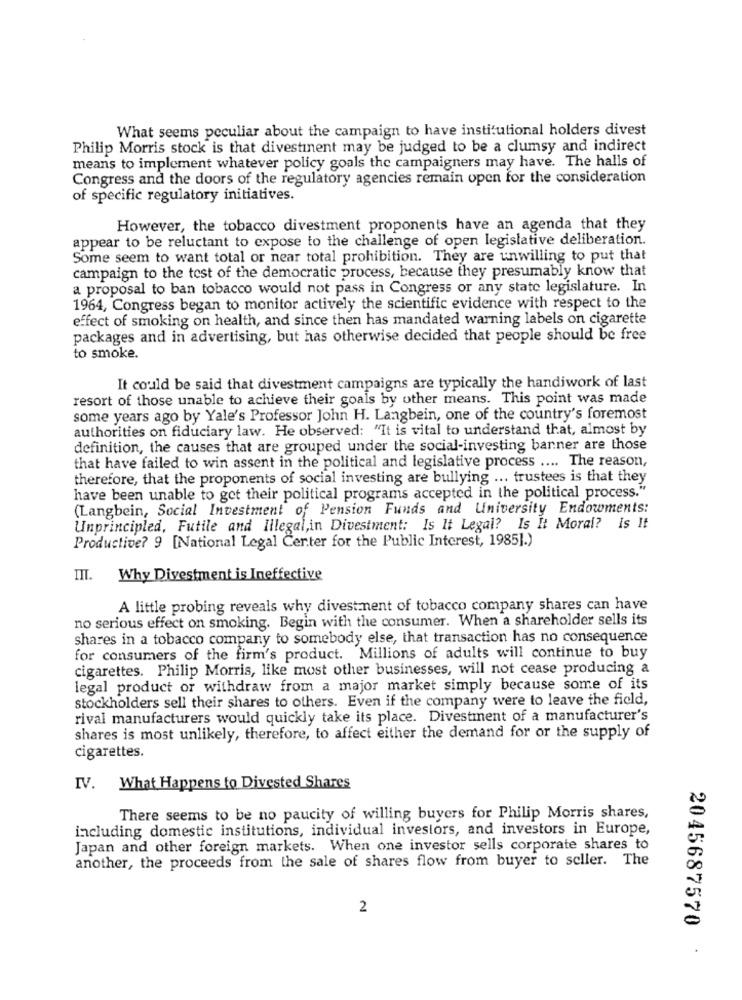
What seems peculiar about the campaign to have institutional holders divest
Philip Morris stock is that divestinent may be judged to be a clumsy and indirect
means to implement whatever policy goals the campaigners may have. The halls of
Congress and the doors of the regulatory agencies remain open for the consideration
of specific regulatory initiatives.
However, the tobacco divestment proponents have an agenda that they
appear to be reluctant to expose to the challenge of open legislative deliberation.
Some seem to want total or near total prohibition. They are unwilling to put that
campaign to the test of the democratic process, because they presumably know that
a proposal to ban tobacco would not pass in Congress or any state legislature. In
1964, Congress began to monitor actively the scientific evidence with respect to the
effect of smoking on health, and since then has mandated warning labels on cigarette
packages and in advertising, but has otherwise decided that people should be free
to smoke.
It could be said that divestment campaigns are typically the handiwork of last
resort of those unable to achieve their goals by other means. This point was made
some years ago by Yale's Professor John H. Langbein, one of the country's foremost
authorities on fiduciary law. He observed: "It is vital to understand that, almost by
definition, the causes that are grouped under the social-investing banner are those
that have failed to win assent in the political and legislative process .... The reason,
therefore, that the proponents of social investing are bullying ... trustees is that they
have been unable to get their political programs accepted in the political process."
(Langbein, Social Investment of Pension Funds and University Endowments:
Unprincipled, Futile and Illegal,in Divestment: Is It Legal? Is It Moral? is It
Productive? 9 [National Legal Certer for the Public Interest, 1985].)
III. Why Divestment is Ineffective
A little probing reveals why divest ment of tobacco company shares can have
no serious effect on smoking. Begin with the consumer. When a shareholder sells its
shares in a tobacco company to somebody else, that transaction has no consequence
for consumers of the firm's product. Millions of adults will continue to buy
cigarettes. Philip Morris, like most other businesses, will not cease producing a
legal product or withdraw from a major market simply because some of its
stockholders sell their shares to others. Even if the company were to leave the field,
rival manufacturers would quickly take its place. Divestment of a manufacturer's
shares is most unlikely, therefore, to affect either the demand for or the supply of
cigarettes.
IV. What Happens to Divested Shares
There seems to be no paucity of willing buyers for Philip Morris shares,
including domestic institutions, individual investors, and investors in Europe,
Japan and other foreign markets. When one investor sells corporate shares to
another, the proceeds from the sale of shares flow from buyer to seller. The
2
2045687570